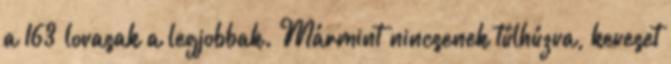
a 163 lovasak a legjobbak. Mármint nincsenek túlhúzva, keveset